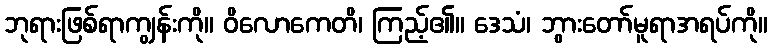
ဘုရားဖြစ်ရာကျွန်းကို။ ဝိလောကေတိ၊ ကြည့်၏။ ဒေသံ၊ ဘွားတော်မူရာအရပ်ကို။